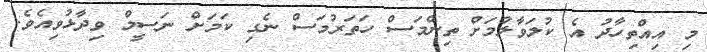
މި އިއްތިހާދު އެ ކުލަވާލުމަށް ތިންމަސް ހަތަރުމަސް ނެގި ކަމަށް ނަސީމް ވިދާޅުވިއެވެ.